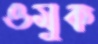
ওমুক